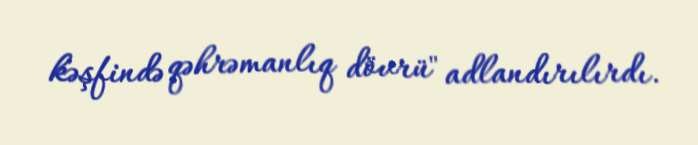
kəşfində qəhrəmanlıq dövrü" adlandırılırdı.